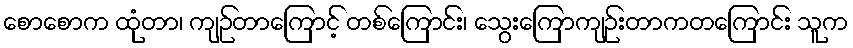
စောစောက ထုံတာ၊ ကျဉ်တာကြောင့် တစ်ကြောင်း၊ သွေးကြောကျဉ်းတာကတကြောင်း သူက